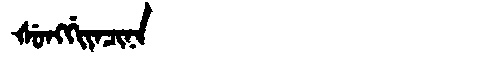
Manchu: ᡧᡠᠩᡤᡳᠶᠠᠴᡳᠨᠠ
Romanization: ŠUNGGIYACINA